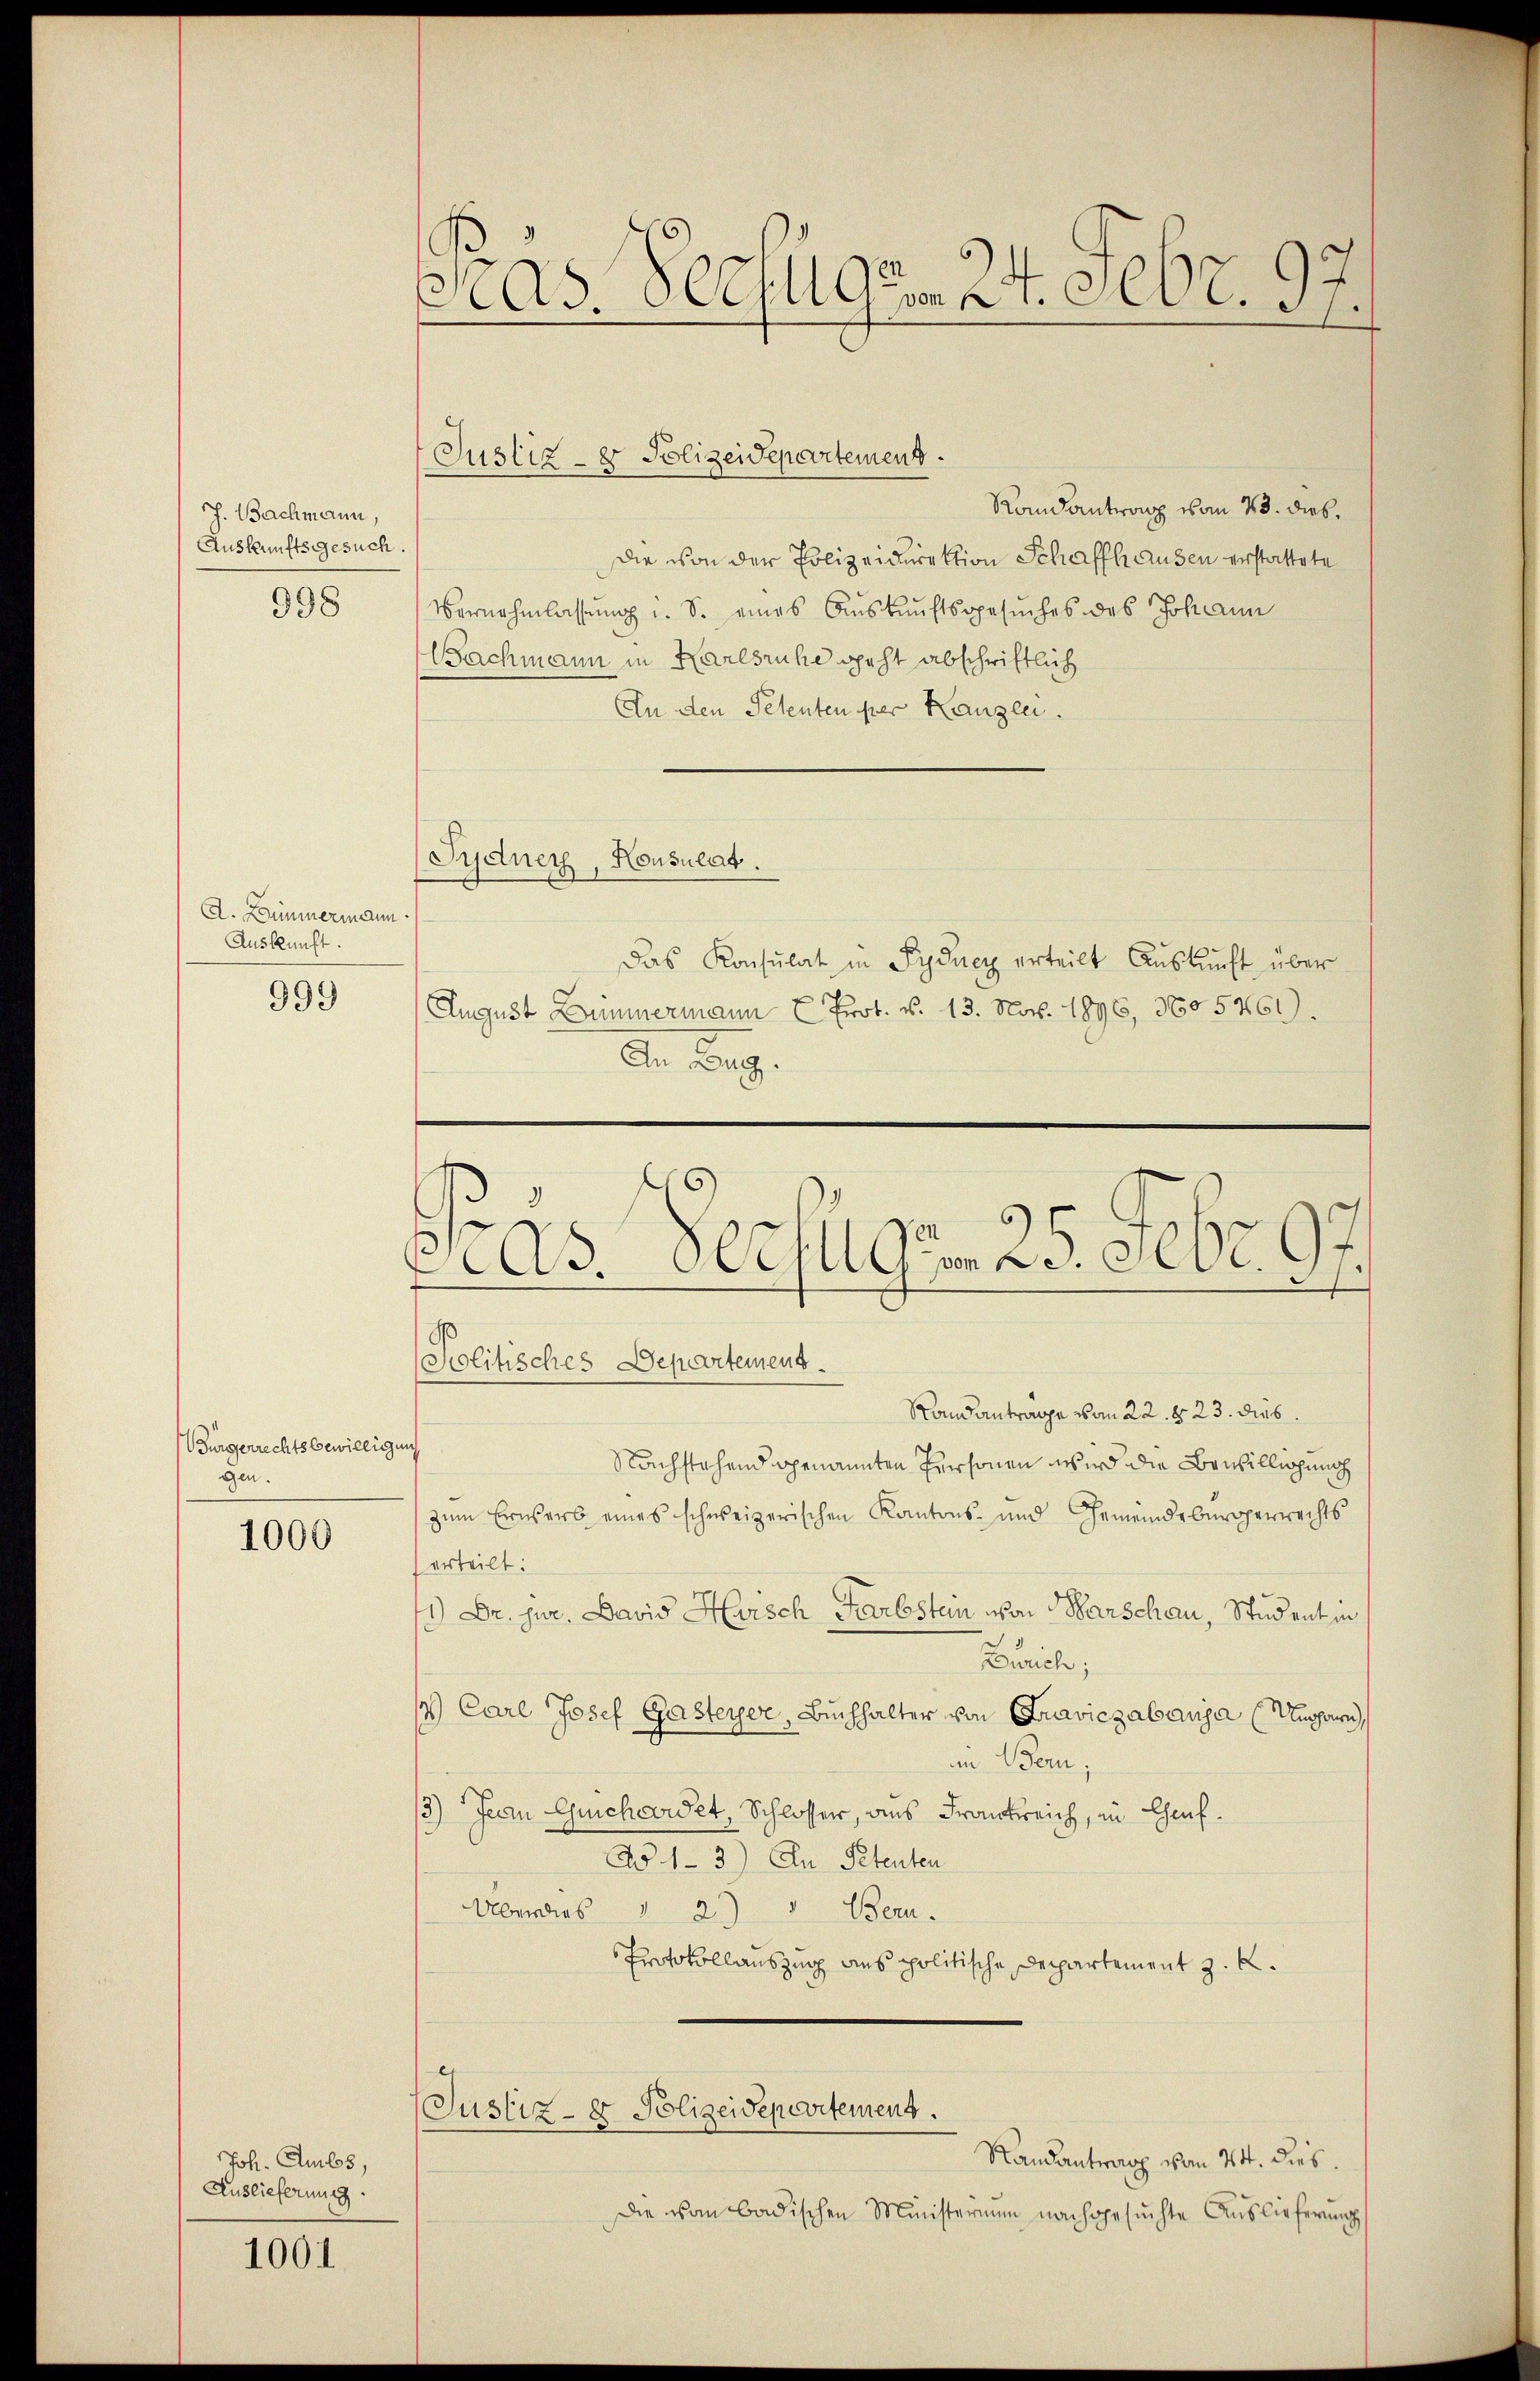
J. Bachmann,
Auskunftsgesuch

998

A. Dümmermann.
Auskunft.

999

Bürgerrechts bewilligung
gen.

1000

Joh. Amlos,
Auslieferung

1001

Pras Verfügen 24. Febr. 97.

Randantrang vom 23. dies,
Die von der Polizeidirektion Schaffhausen erstattete
Vernehmlassŭng u. S. eines Aŭskŭnftsgesŭches des Johann
Bachmann in Karlsruhe geht abschriftlich
An den Petenten per Kanzlei.
Sydner, Honsulat.
Das Konsulat in Syducy erteilt Auskunft über
August Zimmermann E Prot. N. 13. Nov. 1996, 360 5461).
An Zug.
Politisches Departemens.
Randanträge von 22. d. 23. dies
Nachstehend genannten Personen wird die Bewilligung
zum Erwerb eines schweizerischen Kantons- und Gemeindebürgerrechts
erteilt:
11) Dr. jur. David Hvisch Farbstein von Warschau, Student in
Zürich;
1 Carl Josef Gasteyer, Buchhalter von Fraviczabauja Umarn
in Bern,
/3) Jean Guichcordet, Schlosser, aus Frankreich, in Chef.
Ad 1-3.) An Petenten
Überaus 1 2) " Bern.
Erotokollauszug aus politische Departement z. B.
Justiz- & Polizeidepartement.
Randantrag von 24. dies
Die von badischen Ministerium nachgesuchte Auslieferung

Justiz- & Polizeidepartement.

Pras Rechungen 25. Febr. 197.